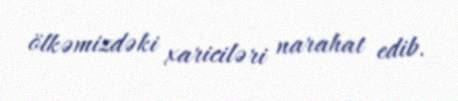
ölkəmizdəki xariciləri narahat edib.